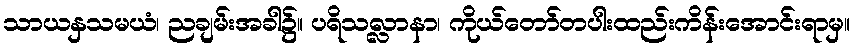
သာယနှသမယံ၊ ညချမ်းအခါ၌။ ပရိသလ္လာနာ၊ ကိုယ်တော်တပါးထည်းကိန်းအောင်းရာမှ။